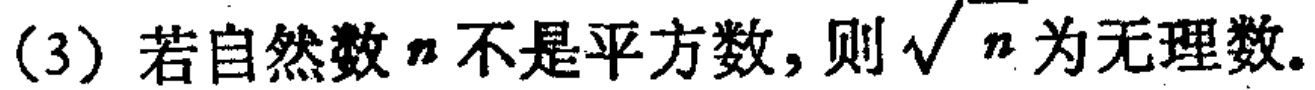
(3) 若自然数 \(n\) 不是平方数，则\(\sqrt{n}\) 为无理数.